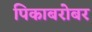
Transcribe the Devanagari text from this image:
पिकाबरोबर